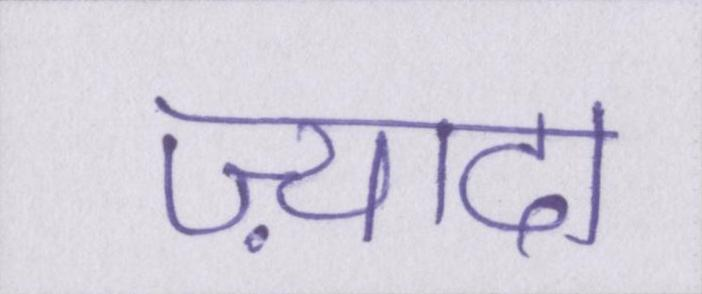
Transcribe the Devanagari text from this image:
ज़्यादा